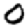
Digit: 0